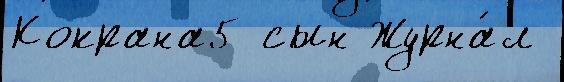
Кокрана5 сын Журна́л